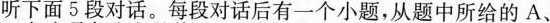
听下面5段对话。每段对话后有一个小题,从题中所给的A、